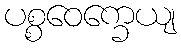
ပစ္စဝေက္ခေယျ